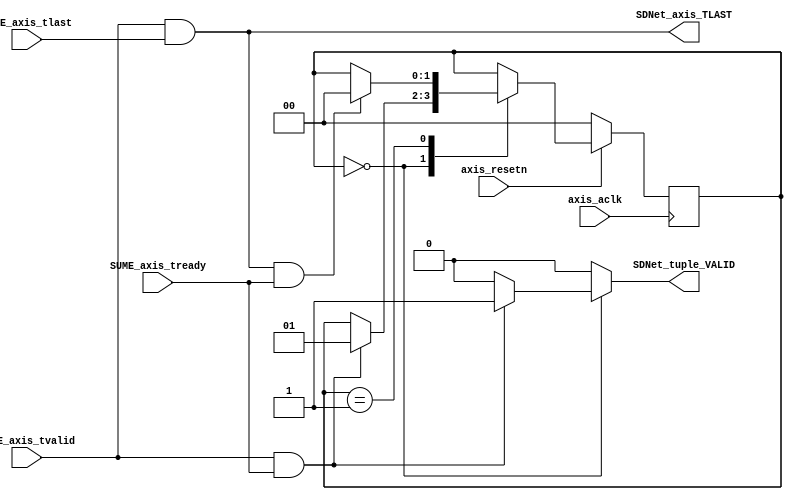
`timescale 1ns / 1ps

//
// Copyright (c) 2017 Stephen Ibanez
// All rights reserved.
//
// This software was developed by Stanford University and the University of Cambridge Computer Laboratory 
// under National Science Foundation under Grant No. CNS-0855268,
// the University of Cambridge Computer Laboratory under EPSRC INTERNET Project EP/H040536/1 and
// by the University of Cambridge Computer Laboratory under DARPA/AFRL contract FA8750-11-C-0249 ("MRC2"), 
// as part of the DARPA MRC research programme.
//
// @NETFPGA_LICENSE_HEADER_START@
//
// Licensed to NetFPGA C.I.C. (NetFPGA) under one or more contributor
// license agreements.  See the NOTICE file distributed with this work for
// additional information regarding copyright ownership.  NetFPGA licenses this
// file to you under the NetFPGA Hardware-Software License, Version 1.0 (the
// "License"); you may not use this file except in compliance with the
// License.  You may obtain a copy of the License at:
//
//   http://www.netfpga-cic.org
//
// Unless required by applicable law or agreed to in writing, Work distributed
// under the License is distributed on an "AS IS" BASIS, WITHOUT WARRANTIES OR
// CONDITIONS OF ANY KIND, either express or implied.  See the License for the
// specific language governing permissions and limitations under the License.
//
// @NETFPGA_LICENSE_HEADER_END@
//


//////////////////////////////////////////////////////////////////////////////////
// Affiliation: Stanford University
// 
// Module Name: sume_to_sdnet
//////////////////////////////////////////////////////////////////////////////////

module sume_to_sdnet (

// clk/rst input
input                               axis_aclk,
input                               axis_resetn,

// input SUME axis signals
input                               SUME_axis_tvalid,
input                               SUME_axis_tlast,
input                               SUME_axis_tready,

// output SDNet signals
output reg                          SDNet_tuple_VALID,
output                              SDNet_axis_TLAST

);

reg [1:0]   state;
reg [1:0]   state_next;

wire [1:0] state_debug = state;

// states
localparam FIRST = 0;
localparam WAIT = 1; 

always @(*) begin
   // defaults
   state_next = state;
   SDNet_tuple_VALID = 0;

   case(state)
     /* wait to complete first cycle of packet */
     FIRST: begin
         if (SUME_axis_tvalid & SUME_axis_tready) begin
             SDNet_tuple_VALID = 1;
             state_next = WAIT;
         end
     end

     /* wait until last cycle of packet */
     WAIT: begin
         if (SUME_axis_tvalid & SUME_axis_tlast & SUME_axis_tready) begin
             state_next = FIRST;
         end
     end // case: WAIT

   endcase // case(state)
end // always @ (*)


always @(posedge axis_aclk) begin
   if(~axis_resetn) begin
      state <= FIRST;
   end
   else begin
      state <= state_next;
   end
end


// the SDNet_TLAST signal should only go high when TVALID is high
assign SDNet_axis_TLAST = SUME_axis_tvalid & SUME_axis_tlast;

endmodule // sume_to_sdnet